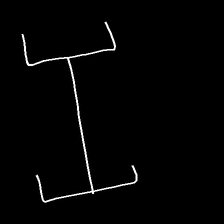
Glyph: entwine